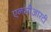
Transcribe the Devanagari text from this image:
एनसीआरटी